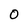
Character: 0